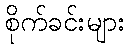
စိုက်ခင်းများ